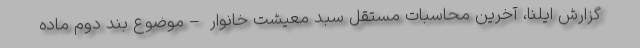
گزارش ایلنا، آخرین محاسبات مستقل سبد معیشت خانوار –موضوع بند دوم ماده